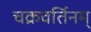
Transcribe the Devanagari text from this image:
चक्रवर्तिनम्